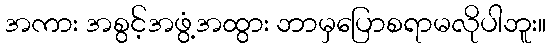
အကား အစွင့်အဖွံ့အထွား ဘာမှပြောစရာမလိုပါဘူး။